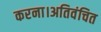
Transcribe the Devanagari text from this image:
करना।अतिवंचित